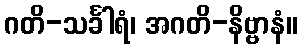
ဂတိ-သင်္ခါရံ၊ အဂတိ-နိဗ္ဗာနံ။